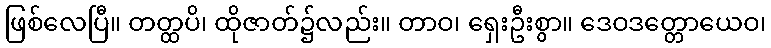
ဖြစ်လေပြီ။ တတ္ထပိ၊ ထိုဇာတ်၌လည်း။ တာဝ၊ ရှေးဦးစွာ။ ဒေဝဒတ္တောယေဝ၊